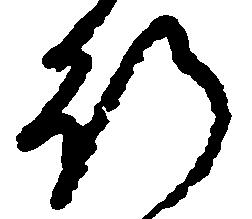
行